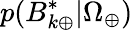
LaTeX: p(B_{k\oplus}^{*}|\Omega_{\oplus})